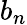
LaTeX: b_{n}